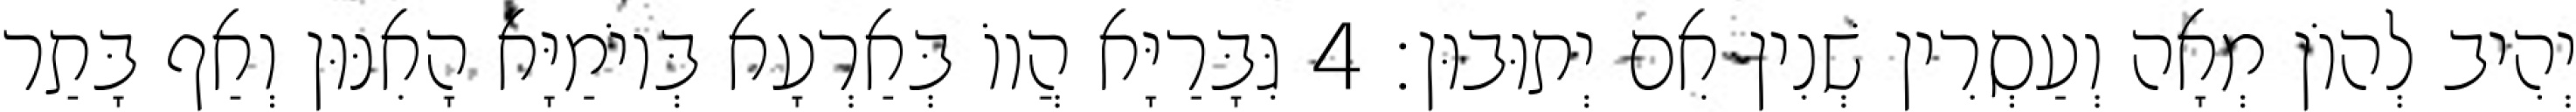
יְהִיב לְהוֹן מְאָה וְעַסְרִין שְׁנִין אִם יְתוּבוּן׃ 4 גִּבָּרַיָּא הֲווֹ בְּאַרְעָא בְּיוֹמַיָּא הָאִנּוּן וְאַף בָּתַר